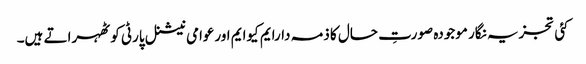
کئی تجزیہ نگار موجودہ صورتِ حال کا ذمہ دارایم کیوایم اورعوامی نیشنل پارٹی کو ٹھہراتے ہیں۔